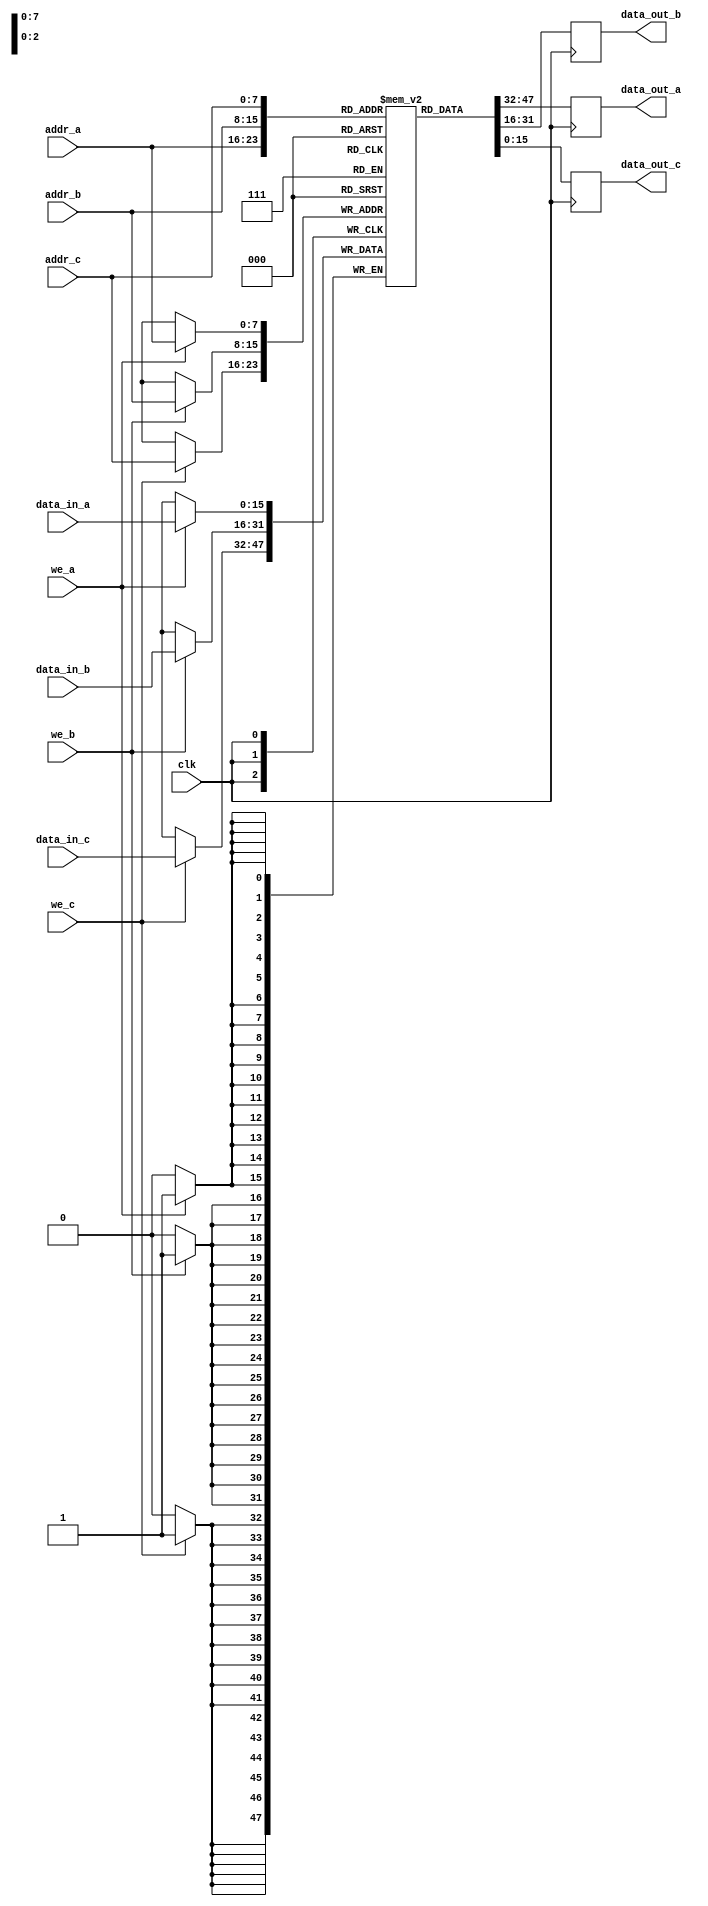
module Triple_Port_RAM #(
    parameter ADDR_WIDTH = 8,  // Address width (e.g., for 256 words, use 8)
    parameter DATA_WIDTH = 16   // Data width (e.g., for 16 bits per word)
)(
    input wire clk,                 // Clock signal
    input wire [ADDR_WIDTH-1:0] addr_a, // Port A address
    input wire [DATA_WIDTH-1:0] data_in_a, // Port A data input
    input wire we_a,               // Port A write enable
    output reg [DATA_WIDTH-1:0] data_out_a, // Port A data output

    input wire [ADDR_WIDTH-1:0] addr_b, // Port B address
    input wire [DATA_WIDTH-1:0] data_in_b, // Port B data input
    input wire we_b,               // Port B write enable
    output reg [DATA_WIDTH-1:0] data_out_b, // Port B data output

    input wire [ADDR_WIDTH-1:0] addr_c, // Port C address
    input wire [DATA_WIDTH-1:0] data_in_c, // Port C data input
    input wire we_c,               // Port C write enable
    output reg [DATA_WIDTH-1:0] data_out_c  // Port C data output
);

    // Memory array declaration
    reg [DATA_WIDTH-1:0] mem [(2**ADDR_WIDTH)-1:0]; // Memory with 2^ADDR_WIDTH depth

    // Always block for synchronous operations
    always @(posedge clk) begin
        // Port A operations
        if (we_a) begin
            mem[addr_a] <= data_in_a;  // Write data to memory
        end
        data_out_a <= mem[addr_a];     // Read data from memory

        // Port B operations
        if (we_b) begin
            mem[addr_b] <= data_in_b;  // Write data to memory
        end
        data_out_b <= mem[addr_b];     // Read data from memory

        // Port C operations
        if (we_c) begin
            mem[addr_c] <= data_in_c;  // Write data to memory
        end
        data_out_c <= mem[addr_c];     // Read data from memory
    end

endmodule